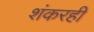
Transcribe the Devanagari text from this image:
शंकरही